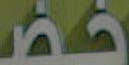
خضـ